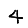
Digit: 4